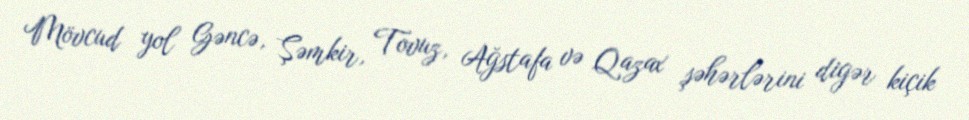
Mövcud yol Gəncə, Şəmkir, Tovuz, Ağstafa və Qazax şəhərlərini digər kiçik